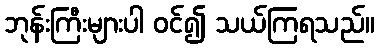
ဘုန်းကြီးများပါ ဝင်၍ သယ်ကြရသည်။